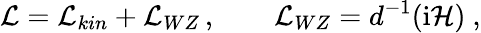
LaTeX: {\cal L}={\cal L}_{kin}+{\cal L}_{WZ}\, ,\qquad{\cal L}_{WZ}=d^{-1}(\mathrm{i}{\cal H})\ ,